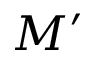
M ^ { \prime }